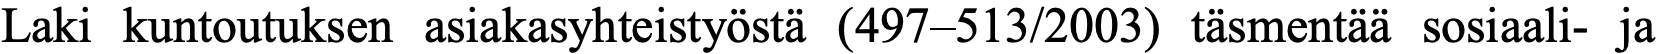
Laki kuntoutuksen asiakasyhteistyöstä (497–513/2003) täsmentää sosiaali- ja